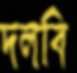
দলবি